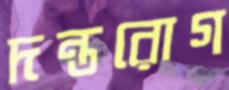
দন্তরোগ